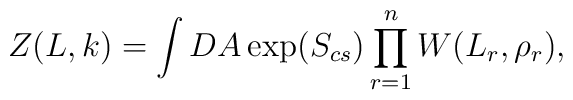
Z(L,k)=\int DA\exp (S_{cs})\prod\limits_{r=1}^{n}W(L_{r},\rho _{r}),